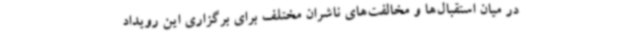
در میان استقبال‌ها و مخالفت‌های ناشران مختلف برای برگزاری این رویداد